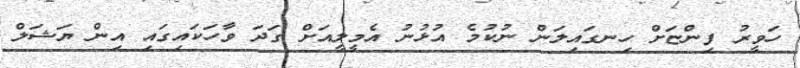
ހަވީރު ފިންޏަށް ހިނގައިލަން ނުކުމެ އުޅުނު އެމީލީއަށް ގަދަ ވާހަކައިގައި އިން ޔަޝަލް